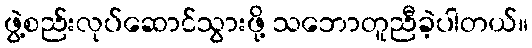
ဖွဲ့စည်းလုပ်ဆောင်သွားဖို့ သဘောတူညီခဲ့ပါတယ်။